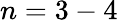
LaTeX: n=3-4